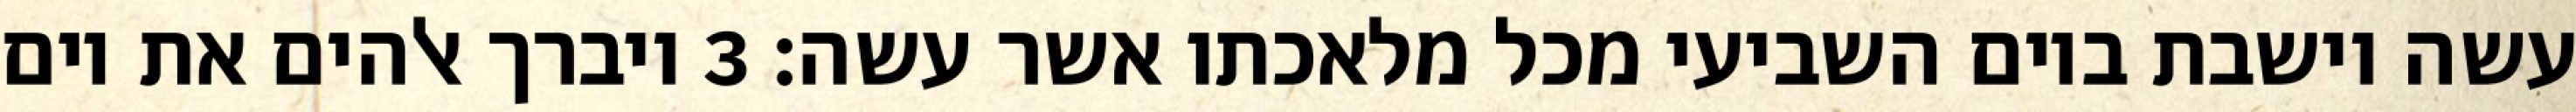
עשה וישבת ביום השביעי מכל מלאכתו אשר עשה׃ ‎3‏ ויברך אלהים את יום